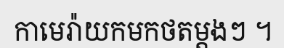
កាមេរ៉ាយកមកថតម្តងៗ ។